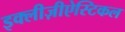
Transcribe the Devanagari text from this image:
इक्लीज़ीऐस्टिकल